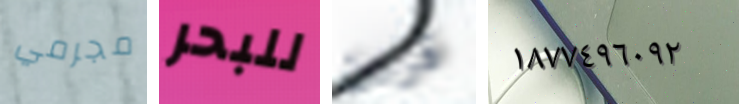
مجرمي للبحر قرين ١٨٧٧٤٩٦٠٩٢